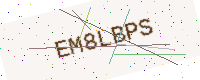
Text: EM8LBPS